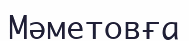
Мәметовға